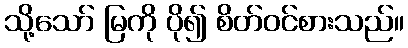
သို့သော် မြကို ပို၍ စိတ်ဝင်စားသည်။